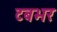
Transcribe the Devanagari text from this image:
टबभर